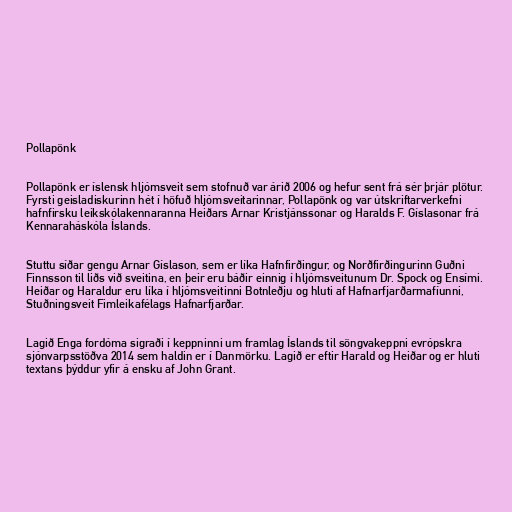
Pollapönk

Pollapönk er íslensk hljómsveit sem stofnuð var árið 2006 og hefur sent frá sér þrjár plötur.
Fyrsti geisladiskurinn hét í höfuð hljómsveitarinnar, Pollapönk og var útskriftarverkefni
hafnfirsku leikskólakennaranna Heiðars Arnar Kristjánssonar og Haralds F. Gíslasonar frá
Kennaraháskóla Íslands.

Stuttu síðar gengu Arnar Gíslason, sem er líka Hafnfirðingur, og Norðfirðingurinn Guðni
Finnsson til liðs við sveitina, en þeir eru báðir einnig í hljómsveitunum Dr. Spock og Ensími.
Heiðar og Haraldur eru líka í hljómsveitinni Botnleðju og hluti af Hafnarfjarðarmafíunni,
Stuðningsveit Fimleikafélags Hafnarfjarðar.

Lagið Enga fordóma sigraði í keppninni um framlag Íslands til söngvakeppni evrópskra
sjónvarpsstöðva 2014 sem haldin er í Danmörku. Lagið er eftir Harald og Heiðar og er hluti
textans þýddur yfir á ensku af John Grant.